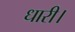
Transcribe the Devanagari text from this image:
धारी।